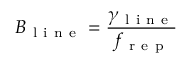
B _ { \mathrm { ~ l ~ i ~ n ~ e ~ } } = \frac { \gamma _ { \mathrm { ~ l ~ i ~ n ~ e ~ } } } { f _ { \mathrm { ~ r ~ e ~ p ~ } } }